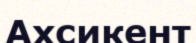
Ахсикент